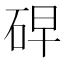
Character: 𰦸